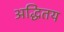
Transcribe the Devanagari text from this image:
अद्धितय